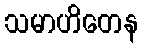
သမာဟိတေန